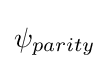
{\textstyle \psi _{parity}}